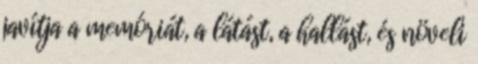
javítja a memóriát, a látást, a hallást, és növeli